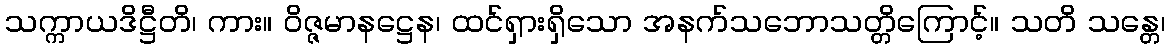
သက္ကာယဒိဋ္ဌီတိ၊ ကား။ ဝိဇ္ဇမာနဋ္ဌေန၊ ထင်ရှားရှိသော အနက်သဘောသတ္တိကြောင့်။ သတိ သန္တေ၊